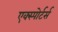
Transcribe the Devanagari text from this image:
एक्स्पोर्टर्स